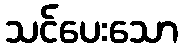
သင်ပေးသော